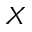
X